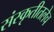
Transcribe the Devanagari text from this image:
संस्कृतीतलेच